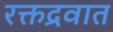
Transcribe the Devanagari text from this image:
रक्तद्रवात